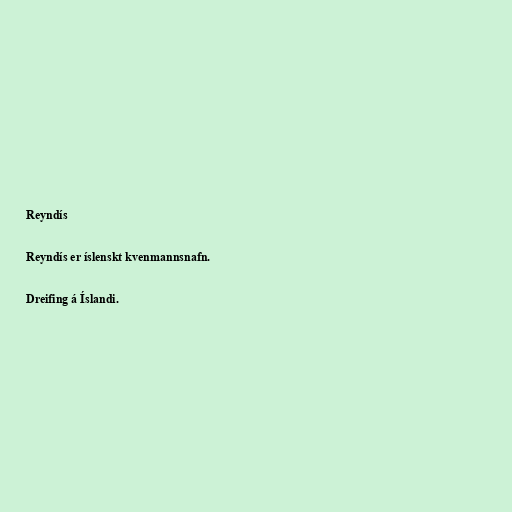
Reyndís

Reyndís er íslenskt kvenmannsnafn.

Dreifing á Íslandi.